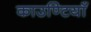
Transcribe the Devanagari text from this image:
काउण्टियाँ